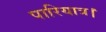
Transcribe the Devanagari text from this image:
पारियात्र।